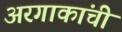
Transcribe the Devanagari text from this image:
अरगाकांची